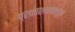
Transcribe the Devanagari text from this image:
प्रकाशकांकडून